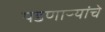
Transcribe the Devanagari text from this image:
पडणाऱ्यांचे